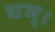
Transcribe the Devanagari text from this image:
घञ्।